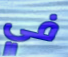
في